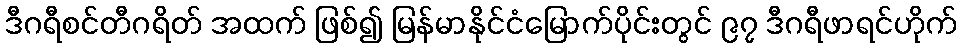
ဒီဂရီစင်တီဂရိတ် အထက် ဖြစ်၍ မြန်မာနိုင်ငံမြောက်ပိုင်းတွင် ၉၇ ဒီဂရီဖာရင်ဟိုက်